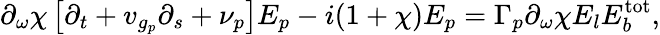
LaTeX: \partial_{\omega}\chi\left[\partial_{t}+v_{g_{p}}\partial_{s}+\nu_{p}\right]E_{p}-i(1+\chi)E_{p}=\Gamma_{p}\partial_{\omega}\chi E_{l}E_{b}^{\mathrm{{tot}}},